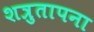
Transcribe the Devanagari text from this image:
शत्रुतापना